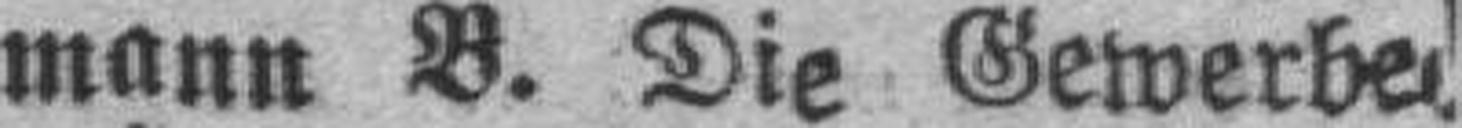
mann B. Die Gewerbe¬